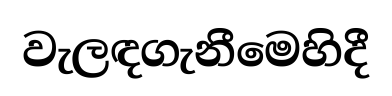
වැලඳගැනීමෙහිදී